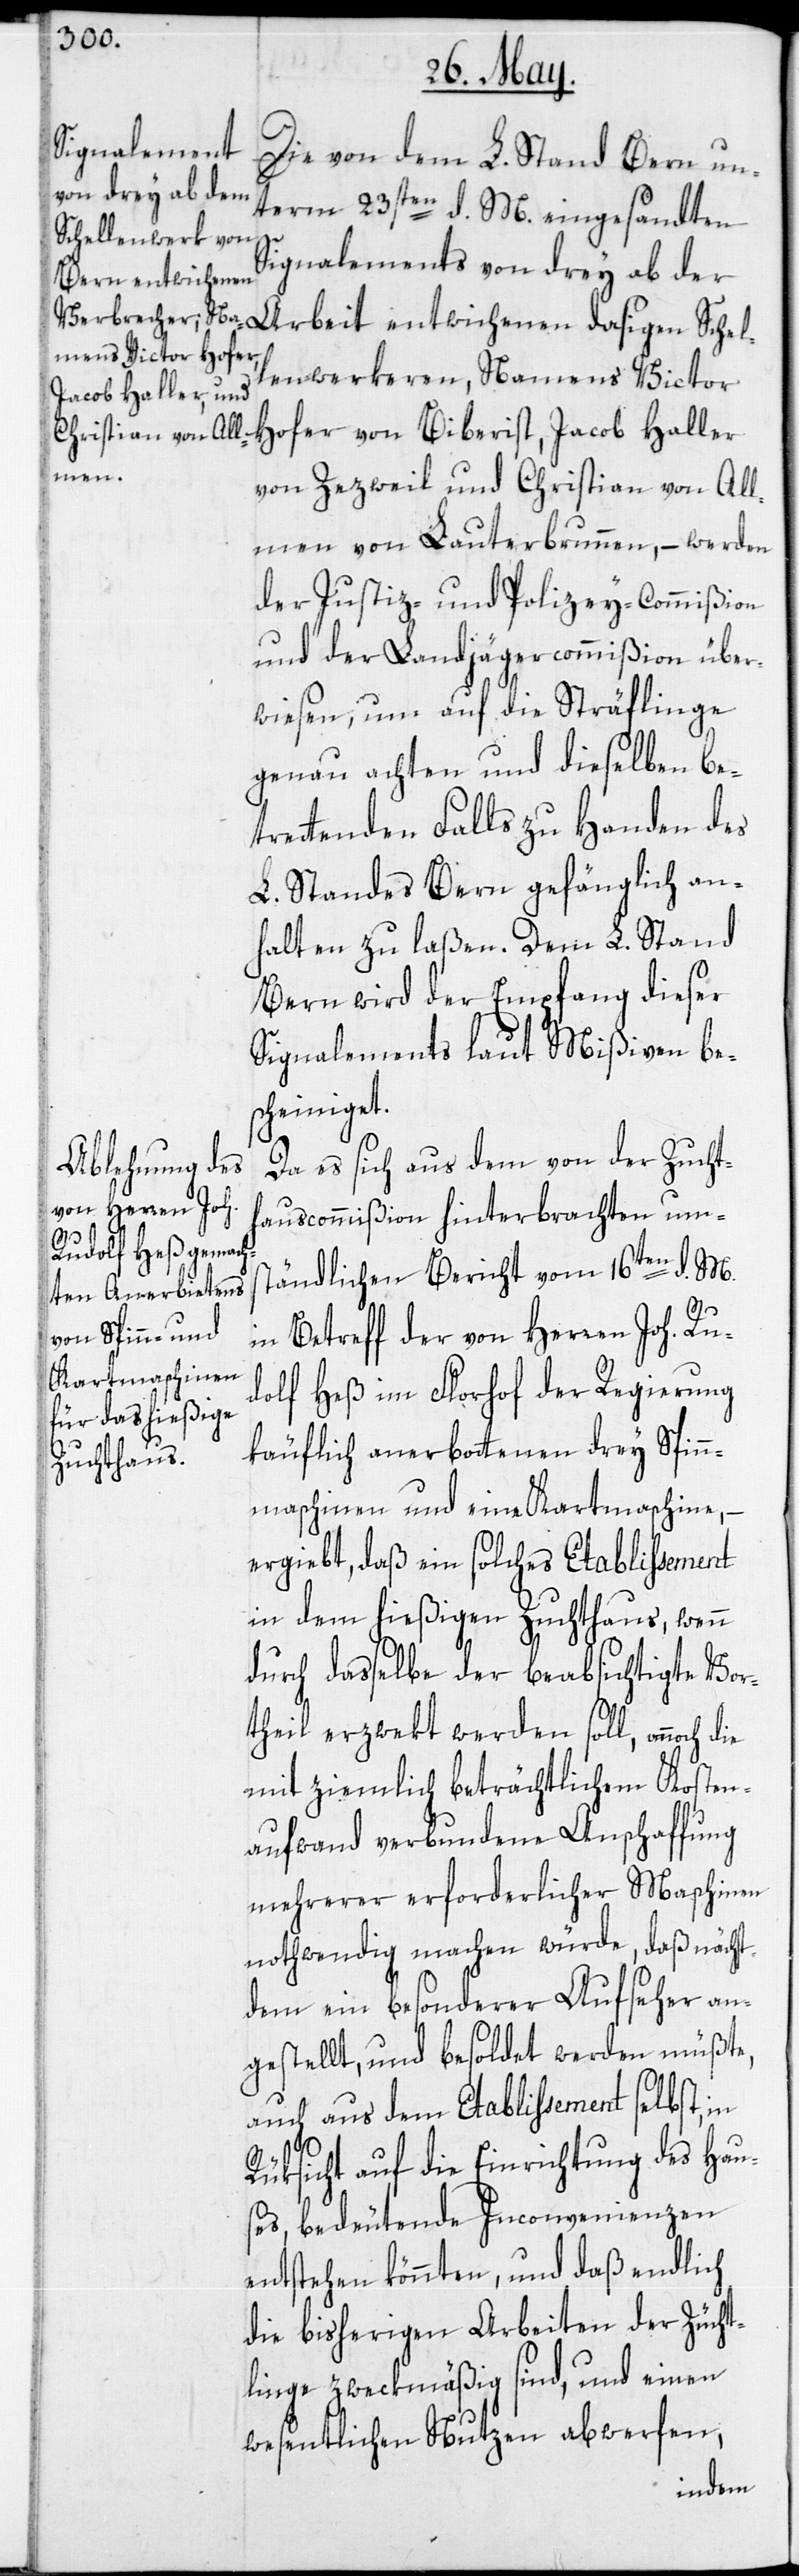
Die von dem L. Stand Bern un¬
term 23sten d. M. eingesandten
Na¬
Schellenwerkeren,
Signalements von drey ab der
Arbeit entwichenen
mens Victor Hofer
Jacob Haller
von Zezweil und Christian von All¬
men von Lauterbrunnen, – werden
der Justiz- und Polizey-Commißion
und der Landjägercommißion über¬
wiesen, um auf die Sträflinge
genau achten und dieselben be¬
trettenden Falls zu Handen des
L. Standes Bern gefänglich an¬
halten zu laßen. Dem L. Stand
Bern wird der Empfang dieser
Signalements laut Mißiven be¬
scheiniget.
Da es sich aus dem von der Zucht¬
hauscommißion hinterbrachten um¬
ständlichen Bericht vom 16ten d. M.
in Betreff der von Herren Joh. Ru¬
dolf Heß im Florhof der Regierung
käuflich anerbottenen drey Spin¬
nmaschinen und eine Kartmaschine, –
ergiebt, daß ein solches Etablissement
in dem hießigen Zuchthaus, wenn
durch dasselbe der beabsichtigte Vor¬
theil erzwekt werden soll, annoch
mit ziemlich beträchtlichem Kosten¬
aufwand verbundene Anschaffung
mehrerer erforderlicher Maschinen
nothwendig machen würde, daß nächst¬
dem ein besonderer Aufseher an¬
gestellt, und besoldet werden müßte,
auch aus dem Etablissement selbst, in
Rüksicht auf die Einrichtung des Hau¬
ses, bedeutende Inconvenienzen
entstehen könnten, und daß endlich
die bisherigen Arbeiten der Zücht¬
linge zweckmäßig sind, und einen
wesentlichen Nutzen abwerfen,